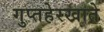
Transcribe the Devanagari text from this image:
गुप्तहेरखाते